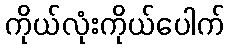
ကိုယ်လုံးကိုယ်ပေါက်